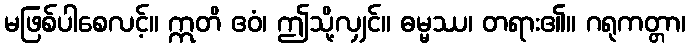
မဖြစ်ပါစေလင့်။ ဣတိ ဧဝံ၊ ဤသို့လျှင်။ ဓမ္မဿ၊ တရား၏။ ဂရုကတ္တာ၊